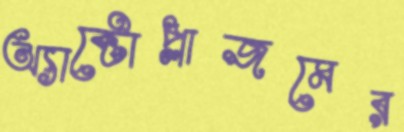
অ্যাক্টোপ্লাজমের